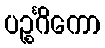
ပဉ္စင်္ဂိကော